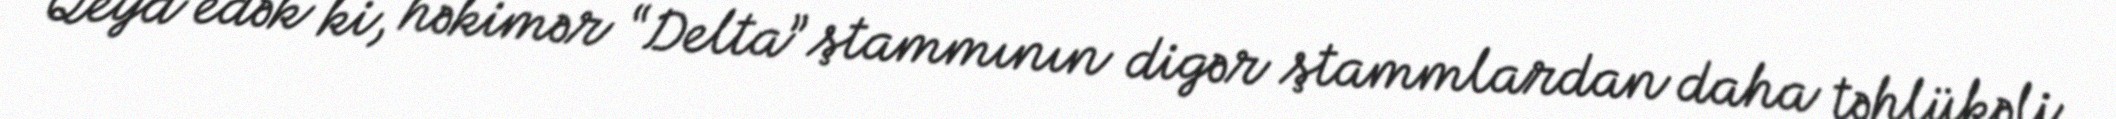
Qeyd edək ki, həkimər “Delta” ştammının digər ştammlardan daha təhlükəli